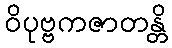
ဝိပုဗ္ဗကဇာတန္တိ